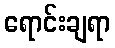
ရောင်းချရာ